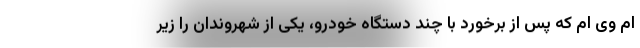
ام وی ام که پس از برخورد با چند دستگاه خودرو، یکی از شهروندان را زیر